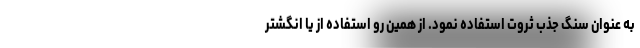
به عنوان سنگ جذب ثروت استفاده نمود. از همین رو استفاده از یا انگشتر